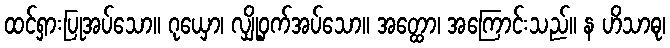
ထင်ရှားပြုအပ်သော။ ဂုယှော၊ လျှို့ဝှက်အပ်သော။ အတ္ထော၊ အကြောင်းသည်။ န ဟိသာဓု၊